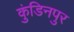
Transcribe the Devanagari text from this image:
कुंडिनपुर